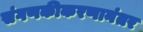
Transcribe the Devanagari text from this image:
संगणकीकरणानंतर